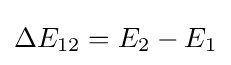
\Delta E_{12}=E_{2}-E_{1}